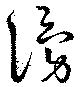
湧